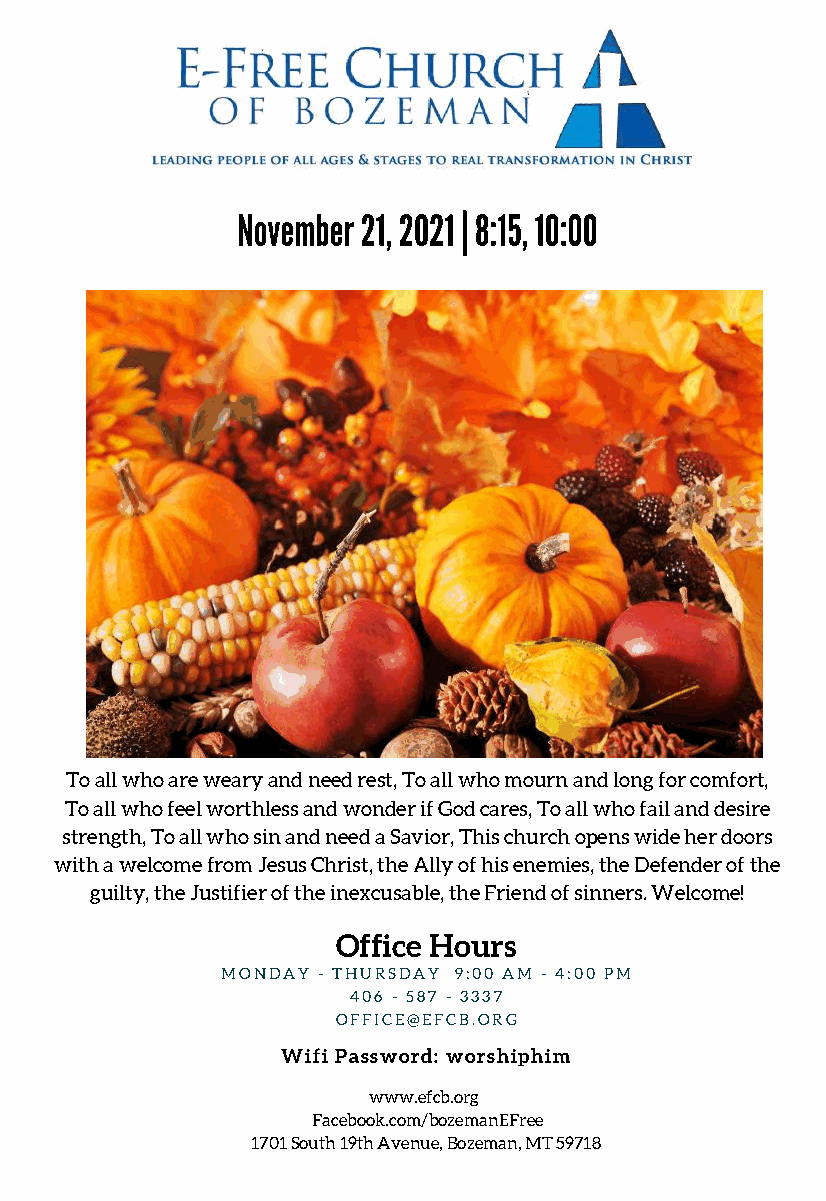
November 21, 2021 | 8:15, 10:00
 To all who are weary and need rest, To all who mourn and long for comfort,
 To all who feel worthless and wonder if God cares, To all who fail and desire
 strength, To all who sin and need a Savior, This church opens wide her doors
 with a welcome from Jesus Christ, the Ally of his enemies, the Defender of the
 guilty, the Justifier of the inexcusable, the Friend of sinners. Welcome!
 Office Hours
 MONDAY - THURSDAY 9:00 AM - 4:00 PM
 406 - 587 - 3337
 OFFICE@EFCB.ORG
 Wifi Password: worshiphim
 www.efcb.org
 Facebook.com/bozemanEFree
 1701 South 19th Avenue, Bozeman, MT 59718